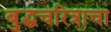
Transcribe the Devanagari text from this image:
बुद्धचरित्राचा